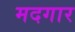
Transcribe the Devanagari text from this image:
मदगार